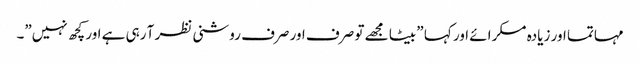
مہاتما اور زیادہ مسکرائے اور کہا ” بیٹا مجھے تو صرف اور صرف روشنی نظر آ رہی ہے اور کچھ نہیں”۔